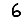
Digit: 6